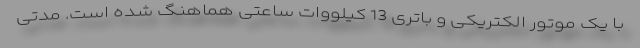
با یک موتور الکتریکی و باتری 13 کیلووات ساعتی هماهنگ شده است. مدتی